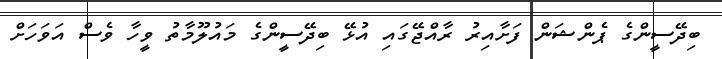
ބިދޭސީންގެ ޕެންޝަން ފަށާއިރު ރާއްޖޭގައި އުޅޭ ބިދޭސީންގެ މައުލޫމާތު ވީހާ ވެސް އަވަހަށް